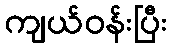
ကျယ်ဝန်းပြီး